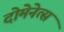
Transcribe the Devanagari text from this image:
दोमेनेत्स